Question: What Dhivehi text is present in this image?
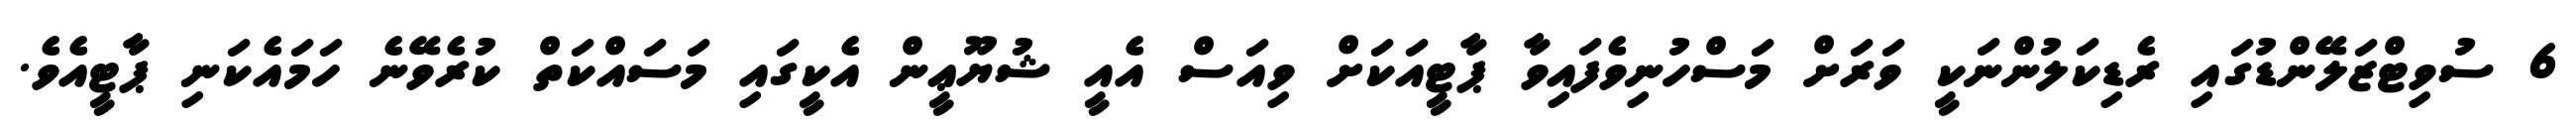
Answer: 6 ސުވިޓްޒަލޭންޑުގައި ރެޑިކަލުންނަކީ ވަރަށް މަސްހުނިވެފައިވާ ޕާޓީއަކަށް ވިއަސް އެއީ ޝުޔޫޢީން އެކީގައި މަސައްކަތް ކުރެވޭނެ ހަމައެކަނި ޕާޓީއެވެ.